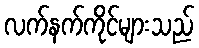
လက်နက်ကိုင်များသည်